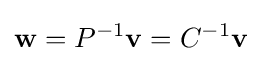
\mathbf {w} =P^{-1}\mathbf {v} =C^{-1}\mathbf {v}